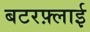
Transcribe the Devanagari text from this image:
बटरफ़्लाई